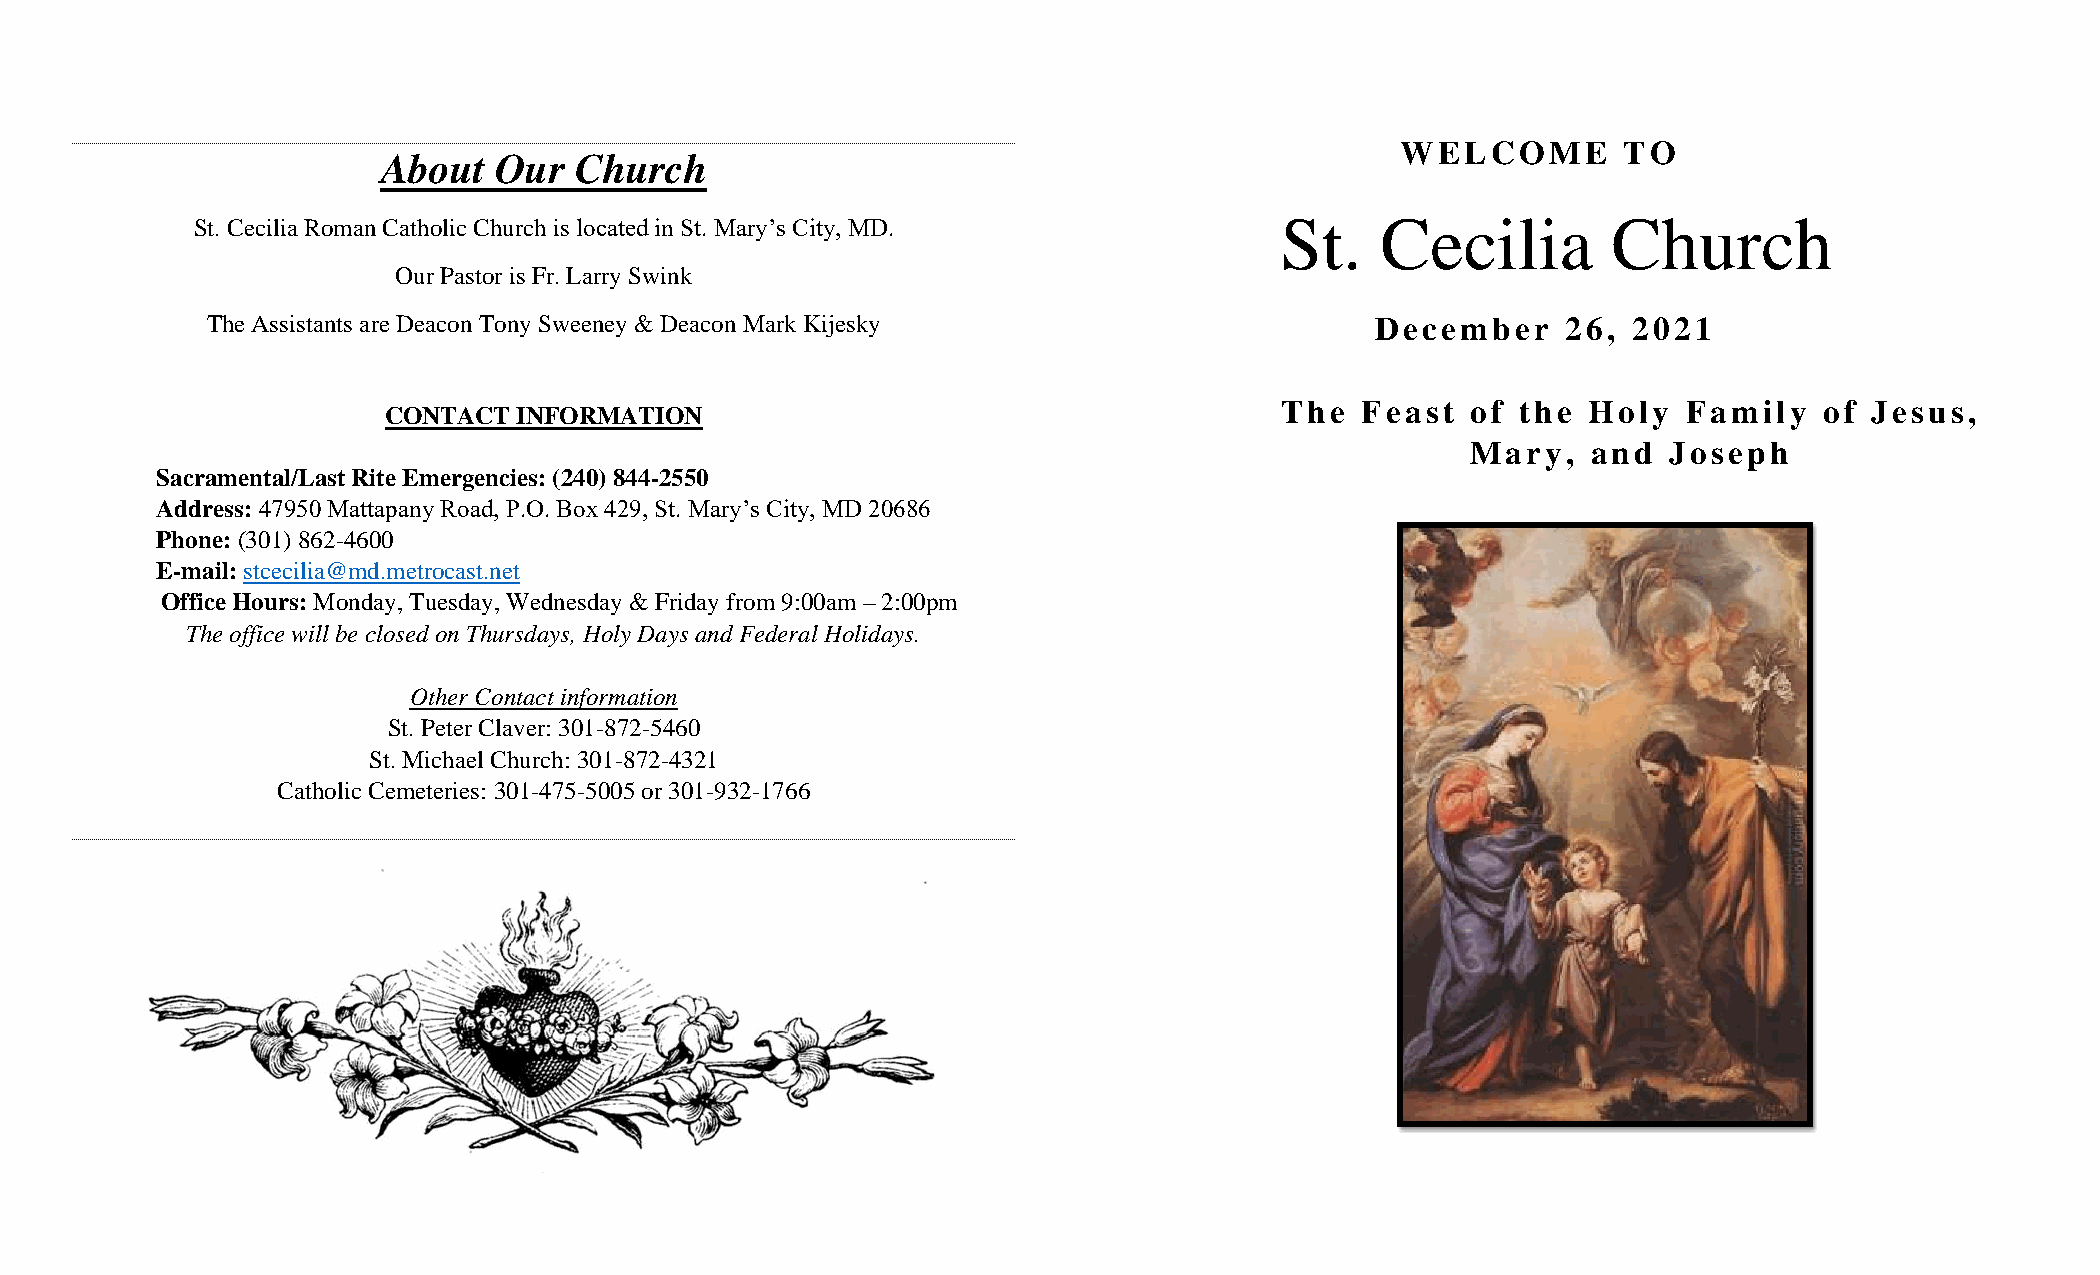
WELCOME       TO
 About   Our  Church
 St. Cecilia Roman Catholic Church is located in St. Mary’s City, MD.    St.   Cecilia         Church
 Our Pastor is Fr. Larry Swink
 The Assistants are Deacon Tony Sweeney & Deacon Mark Kijesky                 December     26, 2021
 The  Feast  of  the Holy   Family   of Jesus,
 CONTACT  INFORMATION
 Mary,   and   Joseph
 Sacramental/Last Rite Emergencies: (240) 844-2550
 Address: 47950 Mattapany Road, P.O. Box 429, St. Mary’s City, MD 20686
 Phone: (301) 862-4600
 E-mail: stcecilia@md.metrocast.net
 Office Hours: Monday, Tuesday, Wednesday & Friday from 9:00am – 2:00pm
 The office will be closed on Thursdays, Holy Days and Federal Holidays.
 Other Contact information
 St. Peter Claver: 301-872-5460
 St. Michael Church: 301-872-4321
 Catholic Cemeteries: 301-475-5005 or 301-932-1766